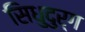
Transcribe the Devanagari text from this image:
सिधुदुर्ग